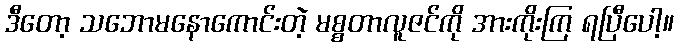
ဒီတော့ သဘောမနောကောင်းတဲ့ မစ္စတာလူဇင်ကို အားကိုးကြ ရပြီပေါ့။